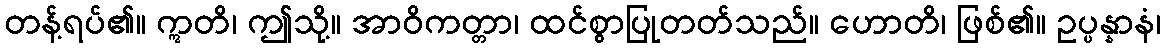
တန့်ရပ်၏။ ဣတိ၊ ဤသို့။ အာဝိကတ္တာ၊ ထင်စွာပြုတတ်သည်။ ဟောတိ၊ ဖြစ်၏။ ဥပ္ပန္နာနံ၊